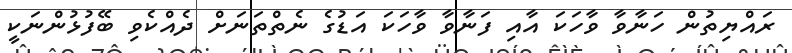
ރައްޔިތުން ހަނާވާ ވާހަކަ އާއި ފަނާވާ ވާހަކަ އަޑުގެ ނެތްތަނަށް ދެއްކެވި ބޭފުޅުންނަކީ